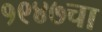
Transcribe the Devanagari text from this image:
१९४७चा